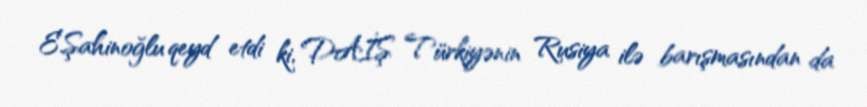
E.Şahinoğlu qeyd etdi ki, DAİŞ Türkiyənin Rusiya ilə barışmasından da